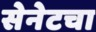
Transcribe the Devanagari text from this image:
सेनेटचा